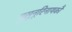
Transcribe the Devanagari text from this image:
मुसुनूरिनायकौ